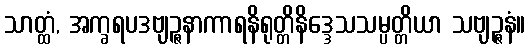
သာတ္ထံ, အက္ခရပဒဗျဉ္ဇနာကာရနိရုတ္တိနိဒ္ဒေသသမ္ပတ္တိယာ သဗျဉ္ဇနံ။